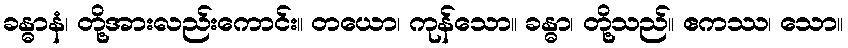
ခန္ဓာနံ၊ တို့အားလည်းကောင်း။ တယော၊ ကုန်သော။ ခန္ဓာ၊ တို့သည်။ ဧကဿ၊ သော။